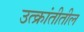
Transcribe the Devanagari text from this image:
उत्क्रांतीतील